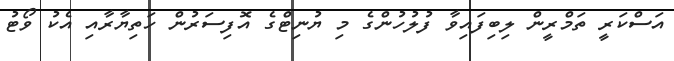
އަސްކަރީ ތަމްރީން ލިބިފައިވާ ފުލުހުންގެ މި ޔުނިޓްގެ އޮފިސަރުން ހަތިޔާރާއި އެކު ވޯޓު